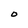
Character: 0